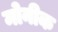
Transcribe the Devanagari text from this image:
मोनीक